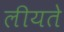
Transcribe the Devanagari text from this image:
लीयते